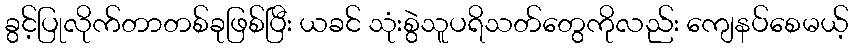
ခွင့်ပြုလိုက်တာတစ်ခုဖြစ်ပြီး ယခင် သုံးစွဲသူပရိသတ်တွေကိုလည်း ကျေနပ်စေမယ့်